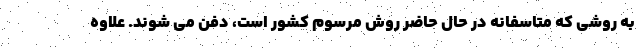
به روشی که متاسفانه در حال حاضر روش مرسوم کشور است، دفن می شوند. علاوه